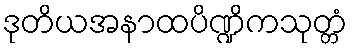
ဒုတိယအနာထပိဏ္ဍိကသုတ္တံ